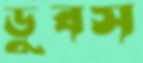
ডুবস